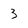
Character: 3